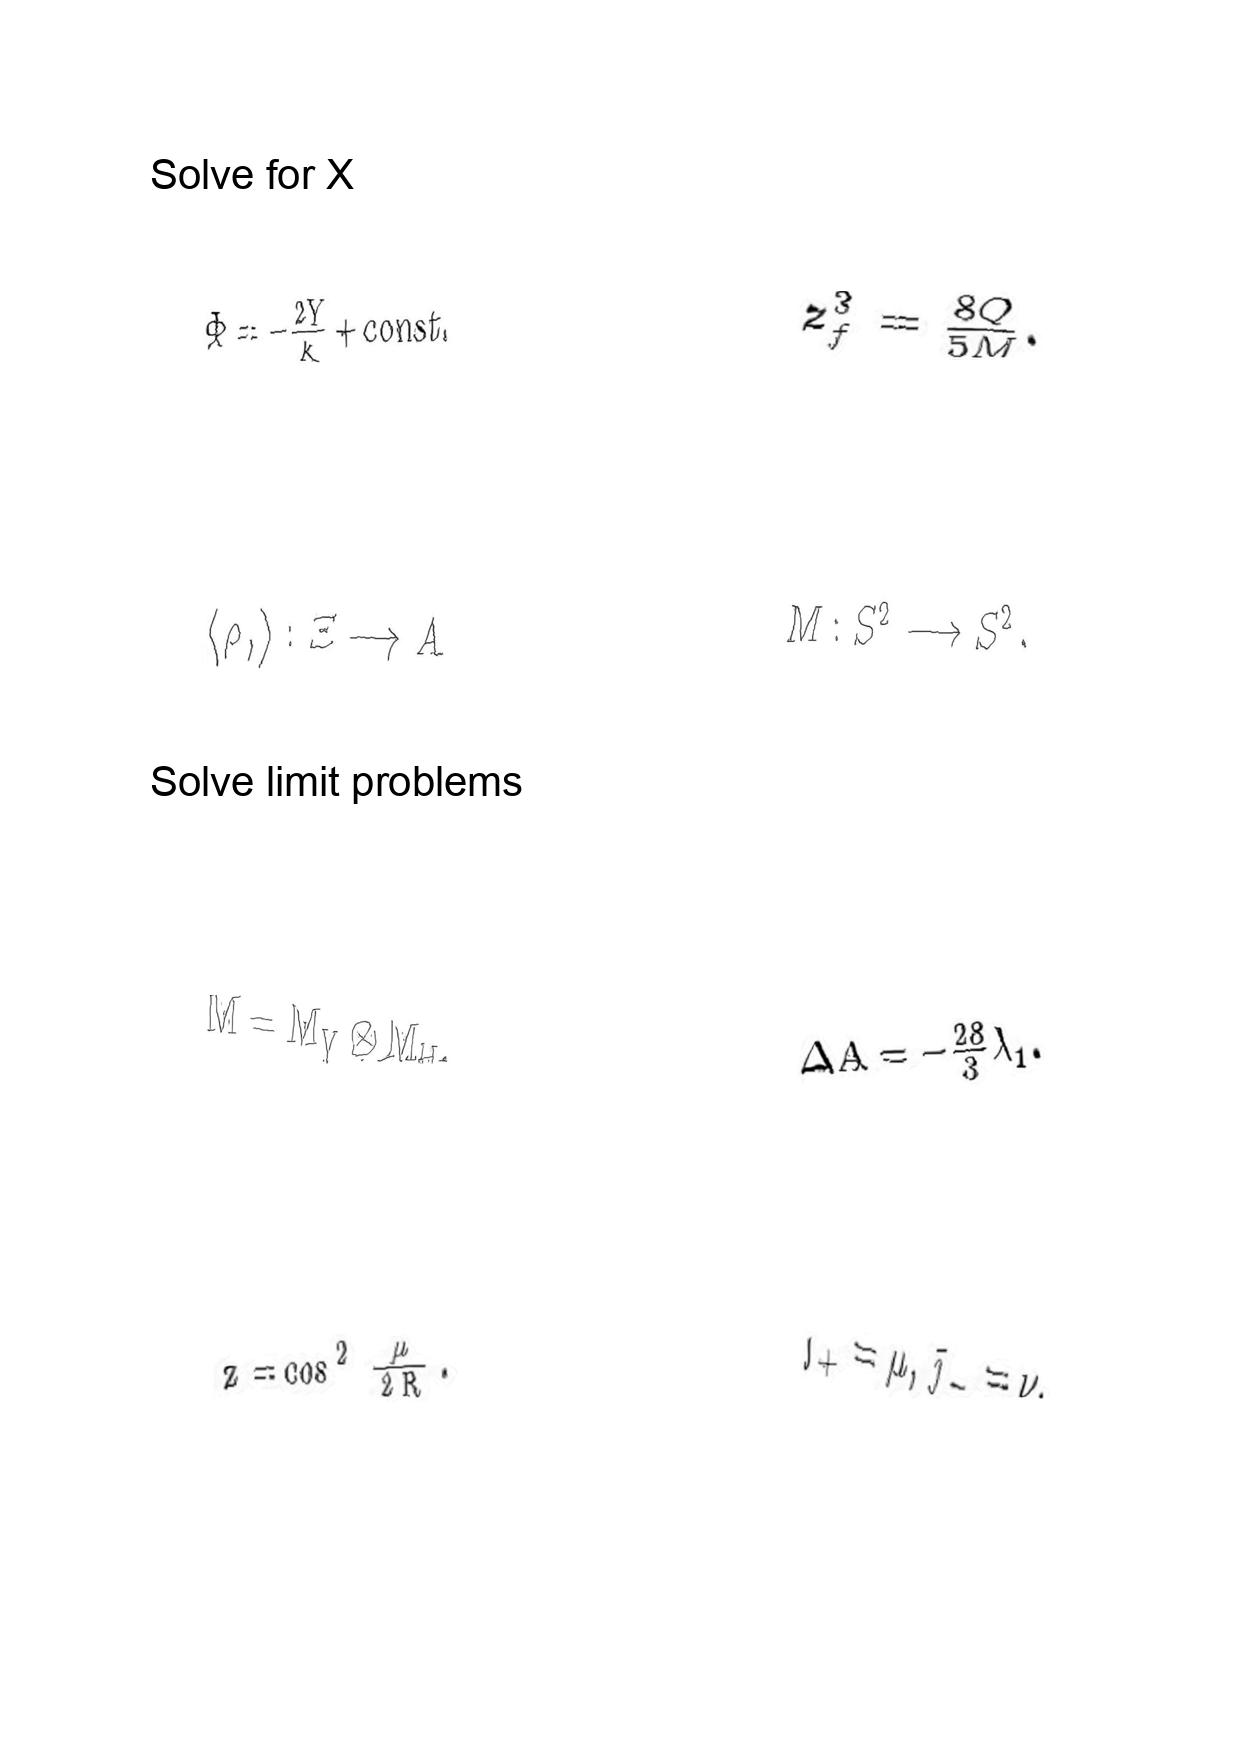
LaTeX transcription:
\Phi = - \frac { 2 Y } { k } + c o n s t .
\langle \rho , \rangle : \Xi \longrightarrow A
M = M _ { V } \otimes M _ { H } ,
z = \cos ^ { 2 } \frac { \mu } { 2 R } .
z _ { f } ^ { 3 } = \frac { 8 Q } { 5 M } .
M : S ^ { 2 } \longrightarrow S ^ { 2 } .
\Delta A = - \frac { 2 8 } { 3 } \lambda _ { 1 } .
j _ { + } = \mu , \bar { \jmath } _ { - } = \nu ,